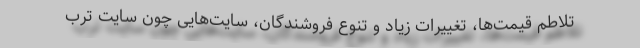
تلاطم قیمت‌ها، تغییرات زیاد و تنوع فروشندگان، سایت‌هایی چون سایت ترب